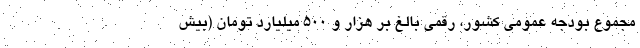
مجموع بودجه عمومی کشور، رقمی بالغ بر هزار و ۵۰۰ میلیارد تومان (بیش